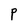
Character: P